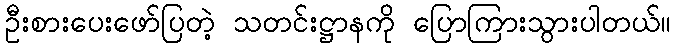
ဦးစားပေးဖော်ပြတဲ့ သတင်းဋ္ဌာနကို ပြောကြားသွားပါတယ်။